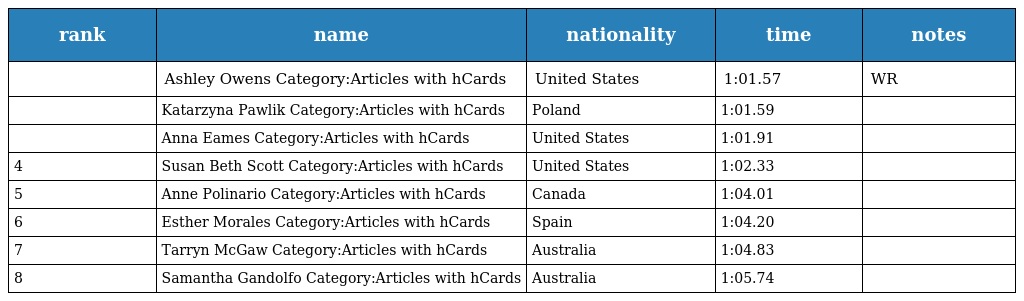
| rank | name | nationality | time | notes |
 | --- | --- | --- | --- | --- |
 |  | Ashley Owens Category:Articles with hCards | United States | 1:01.57 | WR |
 |  | Katarzyna Pawlik Category:Articles with hCards | Poland | 1:01.59 |  |
 |  | Anna Eames Category:Articles with hCards | United States | 1:01.91 |  |
 | 4 | Susan Beth Scott Category:Articles with hCards | United States | 1:02.33 |  |
 | 5 | Anne Polinario Category:Articles with hCards | Canada | 1:04.01 |  |
 | 6 | Esther Morales Category:Articles with hCards | Spain | 1:04.20 |  |
 | 7 | Tarryn McGaw Category:Articles with hCards | Australia | 1:04.83 |  |
 | 8 | Samantha Gandolfo Category:Articles with hCards | Australia | 1:05.74 |  |